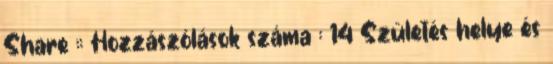
Share :: Hozzászólások száma : 14 Születés helye és